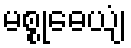
မစ္စုဓေယျံ